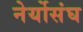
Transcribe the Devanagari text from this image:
नेर्योसंघ